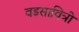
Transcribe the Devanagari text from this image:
वडसावित्री